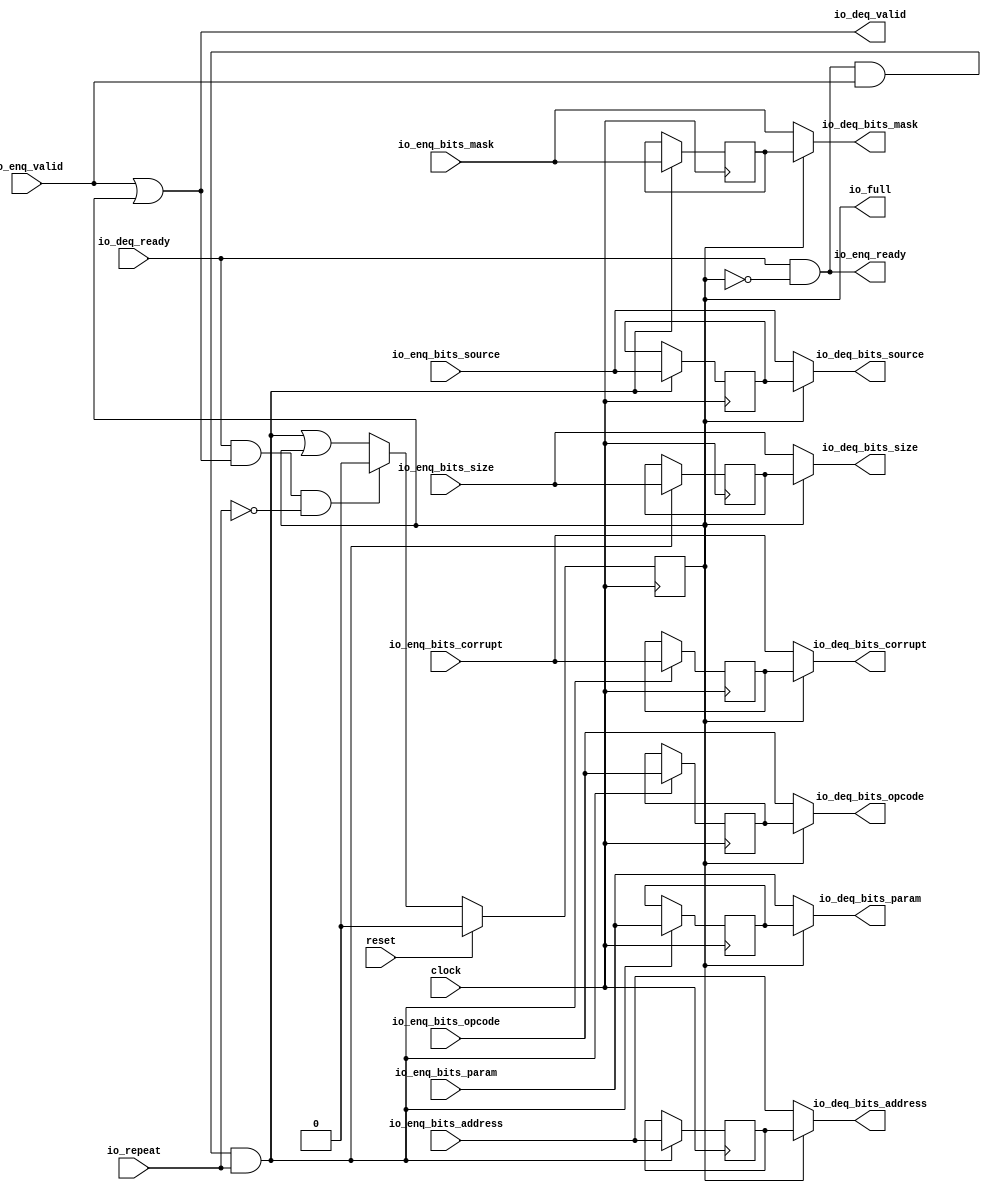
module Repeater(
  input         clock,
  input         reset,
  input         io_repeat,
  output        io_full,
  output        io_enq_ready,
  input         io_enq_valid,
  input  [2:0]  io_enq_bits_opcode,
  input  [2:0]  io_enq_bits_param,
  input  [2:0]  io_enq_bits_size,
  input  [4:0]  io_enq_bits_source,
  input  [27:0] io_enq_bits_address,
  input  [7:0]  io_enq_bits_mask,
  input         io_enq_bits_corrupt,
  input         io_deq_ready,
  output        io_deq_valid,
  output [2:0]  io_deq_bits_opcode,
  output [2:0]  io_deq_bits_param,
  output [2:0]  io_deq_bits_size,
  output [4:0]  io_deq_bits_source,
  output [27:0] io_deq_bits_address,
  output [7:0]  io_deq_bits_mask,
  output        io_deq_bits_corrupt
);
`ifdef RANDOMIZE_REG_INIT
  reg [31:0] _RAND_0;
  reg [31:0] _RAND_1;
  reg [31:0] _RAND_2;
  reg [31:0] _RAND_3;
  reg [31:0] _RAND_4;
  reg [31:0] _RAND_5;
  reg [31:0] _RAND_6;
  reg [31:0] _RAND_7;
`endif // RANDOMIZE_REG_INIT
  reg  full; // @[Repeater.scala 19:21]
  reg [2:0] saved_opcode; // @[Repeater.scala 20:18]
  reg [2:0] saved_param; // @[Repeater.scala 20:18]
  reg [2:0] saved_size; // @[Repeater.scala 20:18]
  reg [4:0] saved_source; // @[Repeater.scala 20:18]
  reg [27:0] saved_address; // @[Repeater.scala 20:18]
  reg [7:0] saved_mask; // @[Repeater.scala 20:18]
  reg  saved_corrupt; // @[Repeater.scala 20:18]
  wire  _T = io_enq_ready & io_enq_valid; // @[Decoupled.scala 50:35]
  wire  _GEN_0 = _T & io_repeat | full; // @[Repeater.scala 19:21 28:{38,45}]
  wire  _T_2 = io_deq_ready & io_deq_valid; // @[Decoupled.scala 50:35]
  assign io_full = full; // @[Repeater.scala 26:11]
  assign io_enq_ready = io_deq_ready & ~full; // @[Repeater.scala 24:32]
  assign io_deq_valid = io_enq_valid | full; // @[Repeater.scala 23:32]
  assign io_deq_bits_opcode = full ? saved_opcode : io_enq_bits_opcode; // @[Repeater.scala 25:21]
  assign io_deq_bits_param = full ? saved_param : io_enq_bits_param; // @[Repeater.scala 25:21]
  assign io_deq_bits_size = full ? saved_size : io_enq_bits_size; // @[Repeater.scala 25:21]
  assign io_deq_bits_source = full ? saved_source : io_enq_bits_source; // @[Repeater.scala 25:21]
  assign io_deq_bits_address = full ? saved_address : io_enq_bits_address; // @[Repeater.scala 25:21]
  assign io_deq_bits_mask = full ? saved_mask : io_enq_bits_mask; // @[Repeater.scala 25:21]
  assign io_deq_bits_corrupt = full ? saved_corrupt : io_enq_bits_corrupt; // @[Repeater.scala 25:21]
  always @(posedge clock) begin
    if (reset) begin // @[Repeater.scala 19:21]
      full <= 1'h0; // @[Repeater.scala 19:21]
    end else if (_T_2 & ~io_repeat) begin // @[Repeater.scala 29:38]
      full <= 1'h0; // @[Repeater.scala 29:45]
    end else begin
      full <= _GEN_0;
    end
    if (_T & io_repeat) begin // @[Repeater.scala 28:38]
      saved_opcode <= io_enq_bits_opcode; // @[Repeater.scala 28:62]
    end
    if (_T & io_repeat) begin // @[Repeater.scala 28:38]
      saved_param <= io_enq_bits_param; // @[Repeater.scala 28:62]
    end
    if (_T & io_repeat) begin // @[Repeater.scala 28:38]
      saved_size <= io_enq_bits_size; // @[Repeater.scala 28:62]
    end
    if (_T & io_repeat) begin // @[Repeater.scala 28:38]
      saved_source <= io_enq_bits_source; // @[Repeater.scala 28:62]
    end
    if (_T & io_repeat) begin // @[Repeater.scala 28:38]
      saved_address <= io_enq_bits_address; // @[Repeater.scala 28:62]
    end
    if (_T & io_repeat) begin // @[Repeater.scala 28:38]
      saved_mask <= io_enq_bits_mask; // @[Repeater.scala 28:62]
    end
    if (_T & io_repeat) begin // @[Repeater.scala 28:38]
      saved_corrupt <= io_enq_bits_corrupt; // @[Repeater.scala 28:62]
    end
  end
// Register and memory initialization
`ifdef RANDOMIZE_GARBAGE_ASSIGN
`define RANDOMIZE
`endif
`ifdef RANDOMIZE_INVALID_ASSIGN
`define RANDOMIZE
`endif
`ifdef RANDOMIZE_REG_INIT
`define RANDOMIZE
`endif
`ifdef RANDOMIZE_MEM_INIT
`define RANDOMIZE
`endif
`ifndef RANDOM
`define RANDOM $random
`endif
`ifdef RANDOMIZE_MEM_INIT
  integer initvar;
`endif
`ifndef SYNTHESIS
`ifdef FIRRTL_BEFORE_INITIAL
`FIRRTL_BEFORE_INITIAL
`endif
initial begin
  `ifdef RANDOMIZE
    `ifdef INIT_RANDOM
      `INIT_RANDOM
    `endif
    `ifndef VERILATOR
      `ifdef RANDOMIZE_DELAY
        #`RANDOMIZE_DELAY begin end
      `else
        #0.002 begin end
      `endif
    `endif
`ifdef RANDOMIZE_REG_INIT
  _RAND_0 = {1{`RANDOM}};
  full = _RAND_0[0:0];
  _RAND_1 = {1{`RANDOM}};
  saved_opcode = _RAND_1[2:0];
  _RAND_2 = {1{`RANDOM}};
  saved_param = _RAND_2[2:0];
  _RAND_3 = {1{`RANDOM}};
  saved_size = _RAND_3[2:0];
  _RAND_4 = {1{`RANDOM}};
  saved_source = _RAND_4[4:0];
  _RAND_5 = {1{`RANDOM}};
  saved_address = _RAND_5[27:0];
  _RAND_6 = {1{`RANDOM}};
  saved_mask = _RAND_6[7:0];
  _RAND_7 = {1{`RANDOM}};
  saved_corrupt = _RAND_7[0:0];
`endif // RANDOMIZE_REG_INIT
  `endif // RANDOMIZE
end // initial
`ifdef FIRRTL_AFTER_INITIAL
`FIRRTL_AFTER_INITIAL
`endif
`endif // SYNTHESIS
endmodule